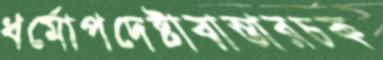
ধর্মোপদেষ্টাবাস্তারচক